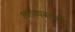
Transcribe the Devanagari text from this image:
त्यांच्यबरोबर